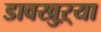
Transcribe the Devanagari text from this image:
डावखुऱ्या